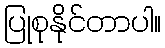
ပြုစုနိုင်တာပါ။